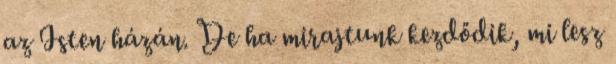
az Isten házán. De ha mirajtunk kezdődik, mi lesz